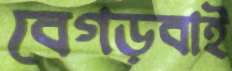
বেগড়বাই